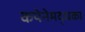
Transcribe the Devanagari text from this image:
कपेनेमद्धका